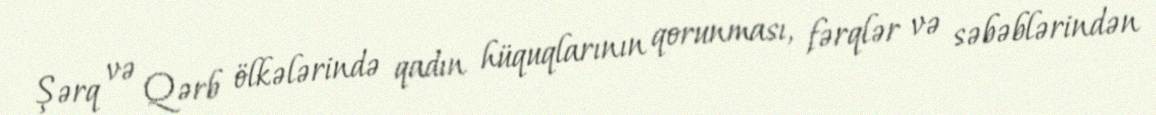
Şərq və Qərb ölkələrində qadın hüquqlarının qorunması, fərqlər və səbəblərindən